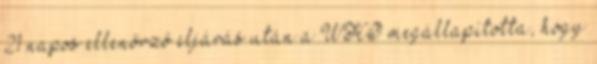
21 napos ellenőrző eljárás után a WHO megállapította, hogy